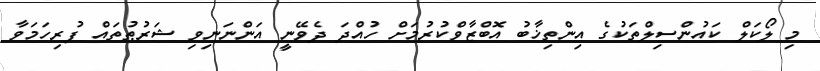
މި ލޯކަލް ކައުންސިލްތަކުގެ އިންތިޚާބު އޮބްޒާވްކުރުމަށް ހުއްދަ ދެވޭނީ އަންނަނިވި ޝަރުޠުތައް ފުރިހަމަވާ